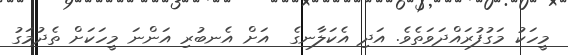
މީހަކު މަގުފުރައްދަވަތެވެ. އަދި އެކަލާނގެ  އަށް އެނބުރި އަންނަ މީހަކަށް ތެދުމަގު